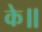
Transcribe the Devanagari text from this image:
के॥